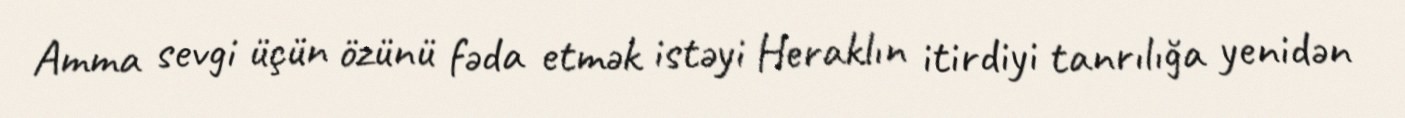
Amma sevgi üçün özünü fəda etmək istəyi Heraklın itirdiyi tanrılığa yenidən